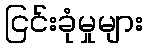
ငြင်းခုံမှုများ